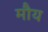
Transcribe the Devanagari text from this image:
मौय